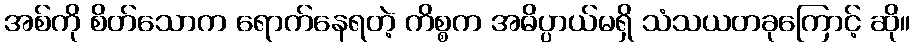
အစ်ကို စိတ်သောက ရောက်နေရတဲ့ ကိစ္စက အဓိပ္ပာယ်မရှိ သံသယတခုကြောင့် ဆို။